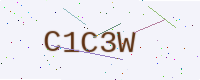
Text: C1C3W